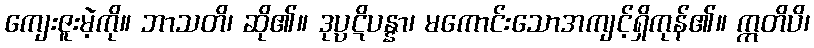
ကျေးဇူးမဲ့ကို။ ဘာသတိ၊ ဆို၏။ ဒုပ္ပဋိပန္နာ၊ မကောင်းသောအကျင့်ရှိကုန်၏။ ဣတိပိ၊